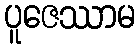
ပူဇေဿာမ